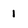
Character: 1